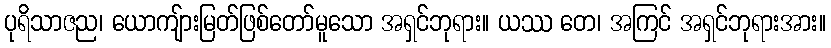
ပုရိသာဇည၊ ယောကျ်ားမြတ်ဖြစ်တော်မူသော အရှင်ဘုရား။ ယဿ တေ၊ အကြင် အရှင်ဘုရားအား။